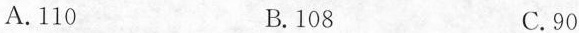
A.110 B.108 C.90